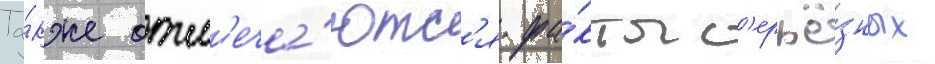
Та́кже отм'еча́ютс'я фа́кты с'ерьё́зных